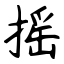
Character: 摇